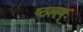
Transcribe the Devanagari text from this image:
ष्ठलष्